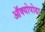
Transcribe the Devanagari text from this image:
ऑक्योपोडा